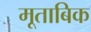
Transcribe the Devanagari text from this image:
मूताबिक